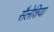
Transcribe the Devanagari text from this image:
सैलेशिया